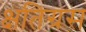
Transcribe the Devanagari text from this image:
क्षतिग्रस